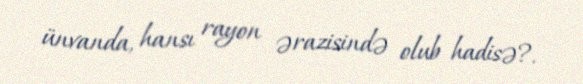
ünvanda, hansı rayon ərazisində olub hadisə?.